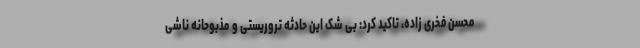
محسن فخری زاده، تاکید کرد: بی شک این حادثه تروریستی و مذبوحانه ناشی